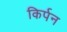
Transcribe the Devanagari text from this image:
किर्पन